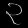
Digit: ၃